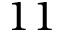
1 1